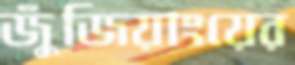
জুঁজিয়াংয়ের